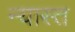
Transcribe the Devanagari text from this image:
न्यास्त